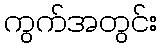
ကွက်အတွင်း